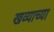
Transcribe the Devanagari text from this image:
खव्याच्या